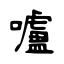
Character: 嚧